Problem: 34 + 2 = ?
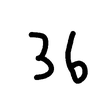
Handwritten answer: 36